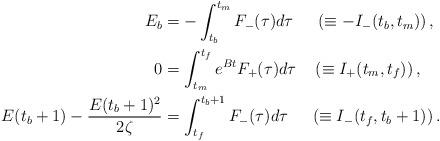
LaTeX: \begin{align*}\begin{aligned}E_b&=-\int_{t_b}^{t_m}F_-(\tau)d\tau \quad\,\,\left(\equiv -I_-(t_b,t_m)\right), \\0&=\int_{t_m}^{t_f} e^{Bt} F_+(\tau)d\tau \quad\left(\equiv I_+(t_m,t_f)\right), \\E(t_b+1)-\frac{E(t_b+1)^2}{2\zeta}&=\int_{t_f}^{t_b+1} F_-(\tau)d\tau \quad\,\,\left(\equiv I_-(t_f,t_b+1)\right).\end{aligned}\end{align*}